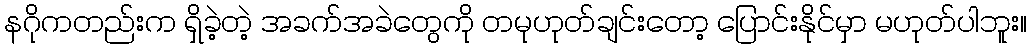
နဂိုကတည်းက ရှိခဲ့တဲ့ အခက်အခဲတွေကို တမုဟုတ်ချင်းတော့ ပြောင်းနိုင်မှာ မဟုတ်ပါဘူး။